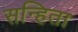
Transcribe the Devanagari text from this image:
सन्हिता